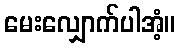
မေးလျှောက်ပါအံ့။